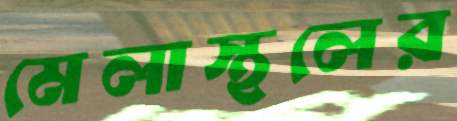
মেলাস্থলের